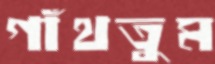
গাঁথতুম